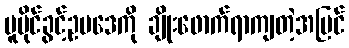
မူပိုင်ခွင့်ဥပဒေကို ချိုးဖောက်ရာကျတဲ့အပြင်